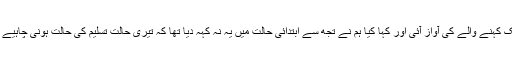
پس میں حیرت میں پڑ گیا اور ناگاہ ایک کہنے والے کی آواز آئی اور کہا کیا ہم نے تجھ سے ابتدائی حالت میں یہ نہ کہہ دیا تھا کہ تیری حالت تسلیم کی حالت ہونی چاہیے پس میں نے ادب کیا اور ساکت ہو گیا۔